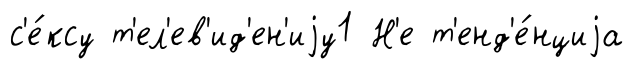
с'е́ксу т'ел'ев'ид'ен'иjу1 Н'е т'енд'е́нциjа